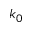
k _ { 0 }